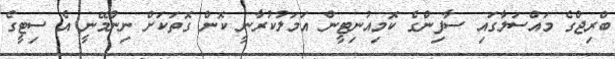
ބްރިޖްގެ މައްސަލާގައި ސާފިންގެ ކޮމިއުނިޓީން އަމަލުކުރާނީ ކޮން ގޮތަކަށް ނިންމޭނީ އެ ސިޓީގެ